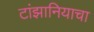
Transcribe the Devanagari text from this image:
टांझानियाचा